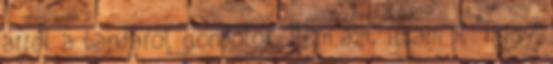
arról a bandáról gondolok. Nem azt í­rtam pl: hogy